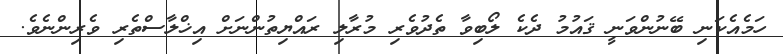
ހަމެއެކަނި ބޭނުންވަނީ ޤައުމު ދެކެ ލޯބިވާ ތެދުވެރި މުރާލި ރައްޔިތުންނަށް އިޚްލާސްތެރި ވެރިންނެވެ.